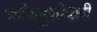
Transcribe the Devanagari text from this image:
फतेहपुसीकरी